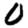
Digit: 0